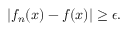
| f _ { n } ( x ) - f ( x ) | \geq \epsilon .